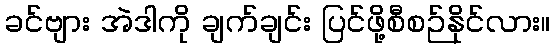
ခင်ဗျား အဲဒါကို ချက်ချင်း ပြင်ဖို့စီစဉ်နိုင်လား။